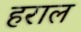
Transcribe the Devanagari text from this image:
हराल